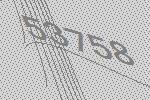
53758